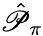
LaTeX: \hat{\mathscr{P}}_{\pi}